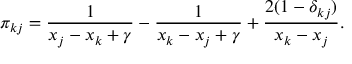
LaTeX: \pi _ { k j } = \frac { 1 } { x _ { j } - x _ { k } + \gamma } - \frac { 1 } { x _ { k } - x _ { j } + \gamma } + \frac { 2 ( 1 - \delta _ { k j } ) } { x _ { k } - x _ { j } } .